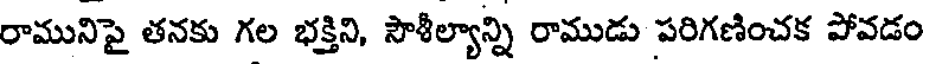
రామునిపై తనకు గల భక్తిని, సౌశీల్యాన్ని రాముడు పరిగణించక పోవడం